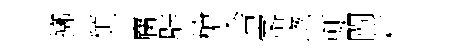
擲頹麕辟槍舎宻聦輒闡耕